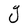
Character: g